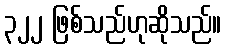
၃၂၂ ဖြစ်သည်ဟုဆိုသည်။